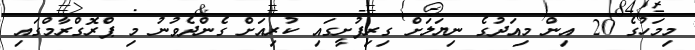
މިމަހުގެ 20 އިން މިއަދުގެ ނިޔަލަށް ގިރިފުށީގައި ކުރިއަށް ގެންދެވުނު މި ޕްރޮގްރާމްގައި